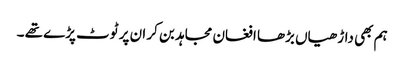
ہم بھی داڑھیاں بڑھا افغان مجاہد بن کر ان پر ٹوٹ پڑے تھے ۔